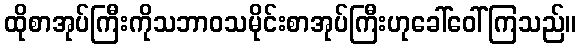
ထိုစာအုပ်ကြီးကိုသဘာဝသမိုင်းစာအုပ်ကြီးဟုခေါ်ဝေါ်ကြသည်။